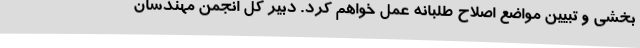
بخشی و تبیین مواضع اصلاح طلبانه عمل خواهم کرد. دبیر کل انجمن مهندسان